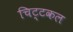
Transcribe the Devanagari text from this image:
चिट्टकल